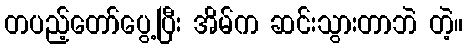
တပည့်တော်ပွေ့ပြီး အိမ်က ဆင်းသွားတာဘဲ တဲ့။